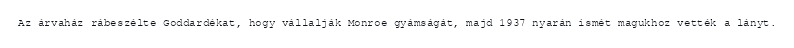
Az árvaház rábeszélte Goddardékat, hogy vállalják Monroe gyámságát, majd 1937 nyarán ismét magukhoz vették a lányt.